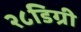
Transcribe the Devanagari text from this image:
२८डिग्री